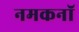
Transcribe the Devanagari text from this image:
नमकनॉ